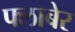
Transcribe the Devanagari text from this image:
फ्लाबेर